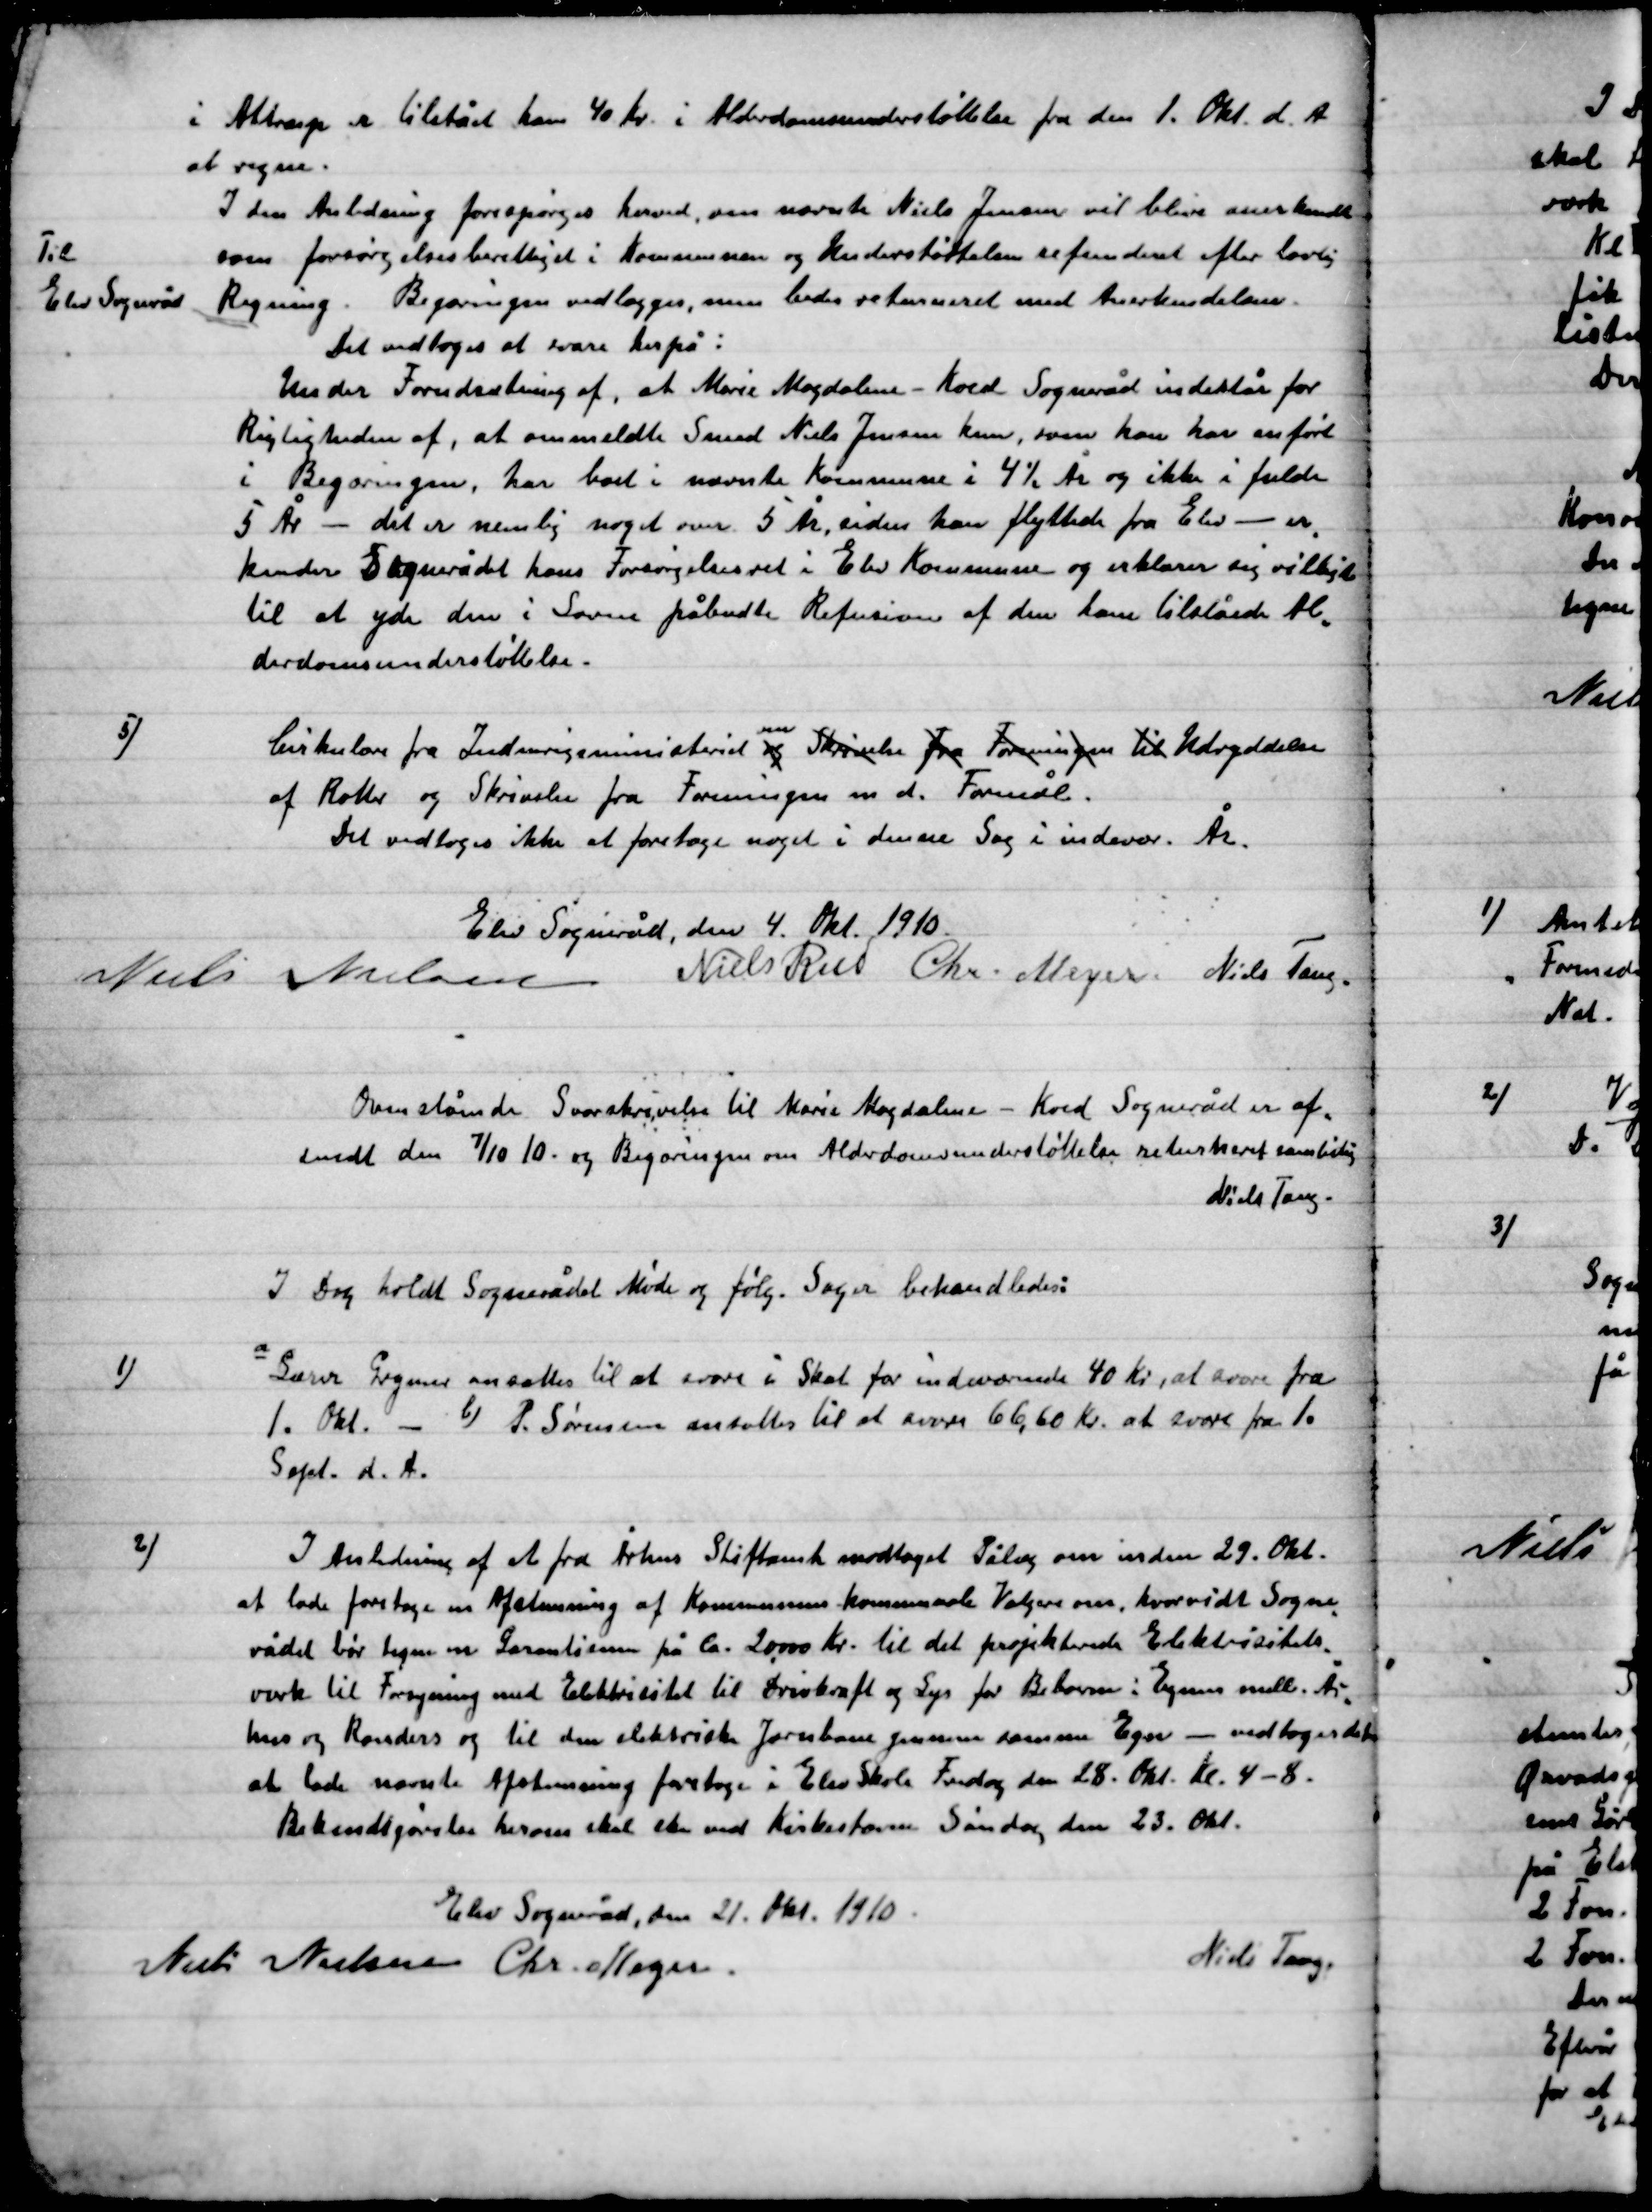
Transskription:
I Alstrup er tilstået ham 40 Kr. i Alderdomsunderstøttelse fra den 1 Okt. d. A.
at regne.

I den Anledning forespørges herved, om nævnte Niels Jensen vil blive anerkendt
som forsørgelsesberettiget i Kommunen og Understøttelsen refunderet efter lovlig
Regning. Begæringen vedlægges, men bedes returneret med Anerkendelsen.

Til
Elev Sogneråd

Det vedtoges at svare derpå:
Under Forudsætning af Marie Madalena – Koed Sogneråd indestår for
Rigtigheden af, at ommeldte Smed Niels Jensen kan som han har en medført
I Begæringen, har boet i nævnte kommune i 4½ År og ikke i fulde
5 År. – det er nemlig noget om 5 År, siden han flyttede fra Elev- er-
kender Sognerådet hans forsørgelsesret i Elev Kommune og erklærer sig villig
til at yde den i Lovens påbudte Refusion af den ham tilståede Al-
derdomsunderstøttelse.

5)

Cirkulære fra Indenrigsministeriet nu og Skrivelse fra  Foreningen til Udryddelse
af Rotter og Skrivelse fra Foreningen m. d. Formål.
Det vedtoges ikke at foretage noget i denne Sag i indevær. År.

Elev Sogneråd, den 4. Okt. 1910.

Niels Nielsen
Niels Rud
Chr. Meyer.
Niels Tang.

Ovenstående Svarskrivelse til Marie Magdalene – Koed Sogneråd er af-
sendt den 7/10 10- og Begæring en om Alderdomsunderstøttelse returneret samtidig
Niels Tang.

I Dag holdt Sognerådet Møde og følg. Sager behandledes:

1)

a) Lærer Grymer ansættes til at svare i Skat for indeværende 40 Kr. at svare fra
1. Okt. – b) P. Sørensen ansættes til at svare 66,60 Kr. at svare fra 1.
Sept. d. A.

2)

I Anledning af et fra Århus Stiftsamt modtaget Pålæg om inden 29. Okt.
at lade foretage en Afstemning af Kommunens kommunale Vælgere om, hvorvidt Sogne-
Rådet bør tegne en Garanti på Ca. 20.000 Kr. til det projekterede Elektricitets-
værk til Forsyning med Elektricitet til drivkraft og Lys for Beboerne i Egnen mell. År-
hus og Randers og til elektiske Jernbane gennem samme egn – vedtoges derfor
at lade nævnte Afstemning foretage i Elev Skole Fredag den 28. Okt. Kl. 4-8.
Bekendtgørelse herom skal ske ved Kirkestævne Søndag den 23. Okt.

Elev Sogneråd, den 21. Okt. 1910.

Niels Nielsen
Chr. Meyer.
Niels Tang.